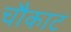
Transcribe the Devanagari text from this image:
चौकाट